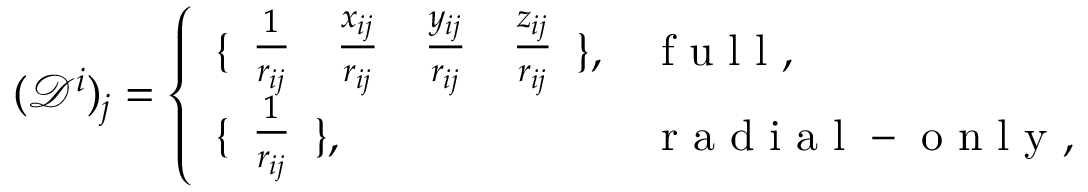
( \mathcal { D } ^ { i } ) _ { j } = \left\{ \begin{array} { l l } { \{ \begin{array} { c c c c } { \frac { 1 } { r _ { i j } } } & { \frac { x _ { i j } } { r _ { i j } } } & { \frac { y _ { i j } } { r _ { i j } } } & { \frac { z _ { i j } } { r _ { i j } } } \end{array} \} , } & { \mathrm { ~ f ~ u ~ l ~ l ~ } , } \\ { \{ \begin{array} { c } { \frac { 1 } { r _ { i j } } } \end{array} \} , } & { \mathrm { ~ r ~ a ~ d ~ i ~ a ~ l ~ - ~ o ~ n ~ l ~ y ~ } , } \end{array} \right.